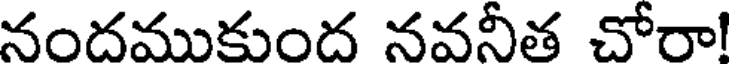
నందముకుంద నవనీత చోరా!